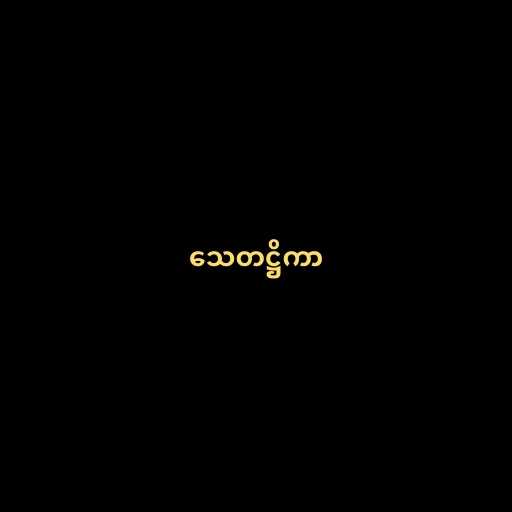
သေတဋ္ဌိကာ